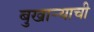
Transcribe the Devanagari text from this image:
बुखार्‍याची